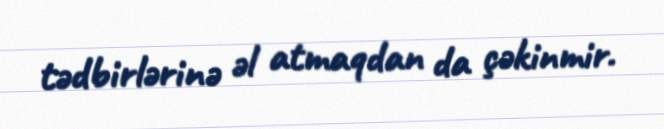
tədbirlərinə əl atmaqdan da çəkinmir.